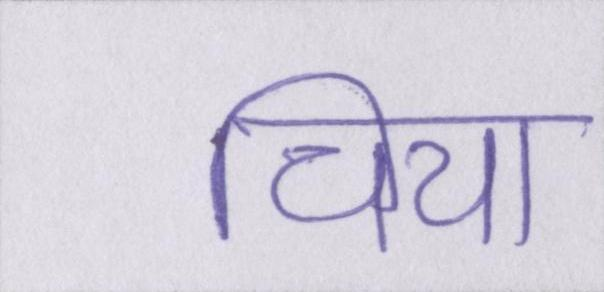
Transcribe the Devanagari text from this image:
चिया